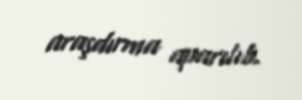
araşdırma aparılıb.